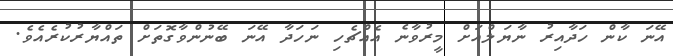
އޭނަ ކާން ހަދާއިރު ނާޔަލްއަށް މީރުވާނެ އެއްޗެހި ނަހަދާ އޭނަ ބޭނުންވާގޮތަށް ތައްޔާރުކުރެއެވެ.